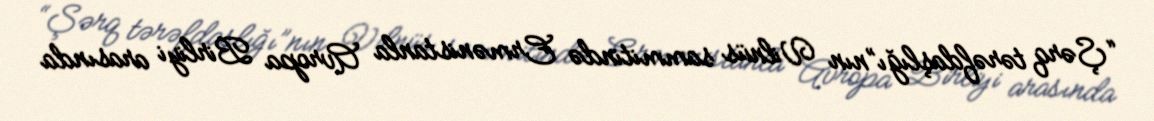
“Şərq tərəfdaşlığı”nın Vilnüs sammitində Ermənistanla Avropa Birliyi arasında